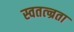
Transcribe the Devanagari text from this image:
स्वतत्न्रता